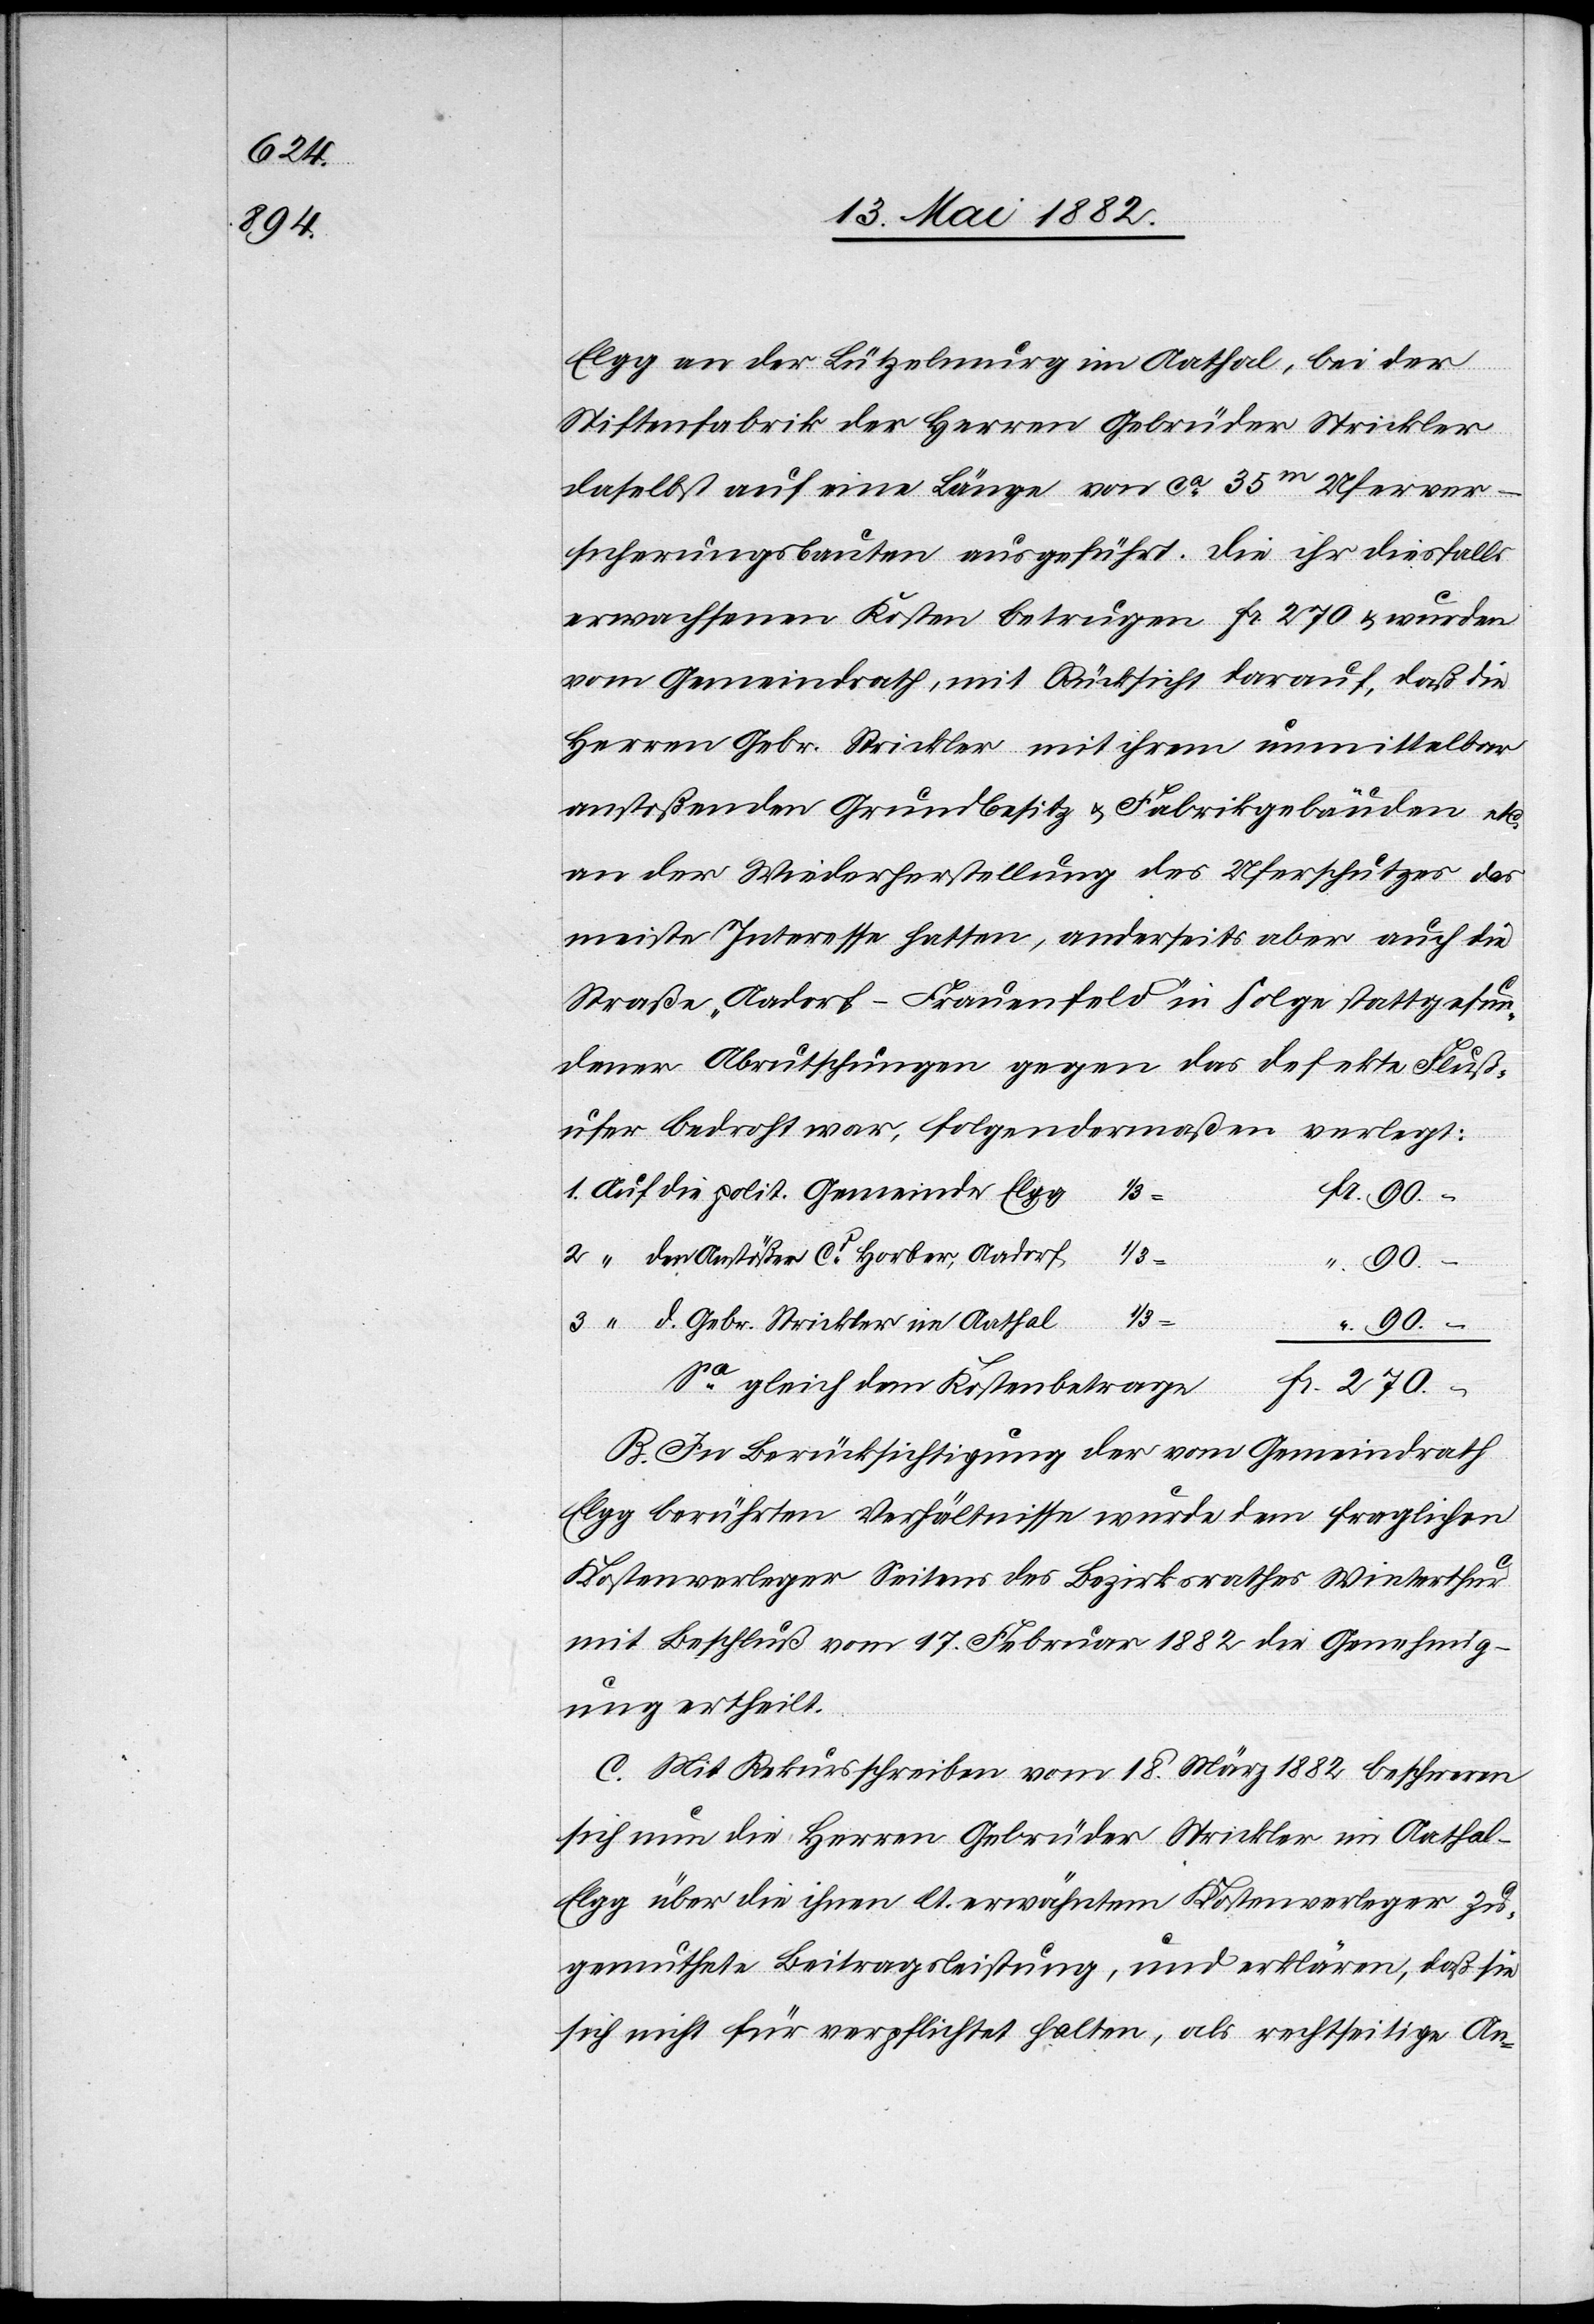
Elgg an der Lützelmurg im Aathal, bei der
Stiftenfabrik der Herren Gebrüder Strickler
daselbst auf eine Länge von ca 35m Uferver¬
die
sicherungsbauten ausgeführt. Die ihr diesfalls
erwachsenen Kosten betrugen Fr. 270 & wurden
vom Gemeindrath, mit Rücksicht darauf, daß die
Herren Gebr. Strickler mit ihrem unmittelbar
anstoßenden Grundbesitz u. Fabrikgebäuden etc.
an der Wiederherstellung des Uferschutzes das
meiste Interesse hatten, anderseits aber auch die
Straße „Aadorf–Frauenfeld“ in Folge stattgefun¬
dener Abrutschungen gegen das defekte Fluß¬
ufer bedroht war, folgendermaßen verlegt:
den Anstößer Cd Horber, Aadorf
90.–
270.–
1.
d. Gebr. Strickler im Aathal
B. In Berücksichtigung der vom Gemeindrath
Elgg berührten Verhältnisse wurde dem fraglichen
Kostenverleger Seitens des Bezirksrathes Winterthur
mit Beschluß vom 17. Februar 1882 die Genehmig¬
ung ertheilt.
C. Mit Rekursschreiben vom 18. März 1882 beschweren
sich nun die Herren Gebrüder Strickler im Aathal -
Elgg über die ihnen lt. erwähntem Kostenverleger zu¬
gemuthete Beitragsleistung, und erklären, daß sie
sich nicht für verpflichtet halten, als rechtseitige An-